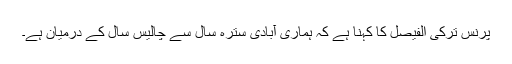
پرنس ترکی الفیصل کا کہنا ہے کہ ہماری آبادی سترہ سال سے چالیس سال کے درمیان ہے۔